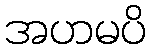
အဟမပိ